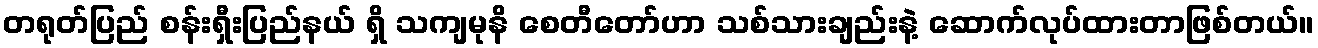
တရုတ်ပြည် စန်းရှီးပြည်နယ် ရှိ သကျမုနိ စေတီတော်ဟာ သစ်သားချည်းနဲ့ ဆောက်လုပ်ထားတာဖြစ်တယ်။